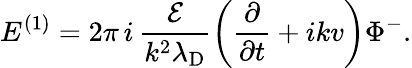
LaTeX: E^{(1)}=2\pi\, i\, \frac{\mathcal{E}}{k^{2}\lambda_{\mathrm{D}}}\left(\frac{\partial}{\partial t}+ikv\right)\Phi^{-}.